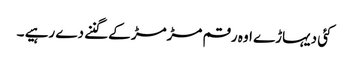
کئی دیہاڑے اوہ رقم مڑمڑ کے گننے دے رہیے ۔